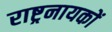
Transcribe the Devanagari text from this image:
राष्ट्रनायकों